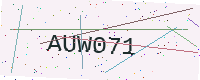
Text: AUW071